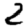
Digit: 2